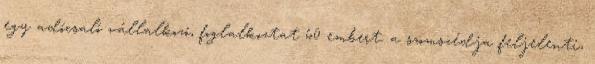
egy adócsaló vállalkozó, foglalkoztat 60 embert. a szomszédja feljelenti,